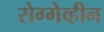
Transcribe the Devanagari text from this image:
रोग्गेव्हीन